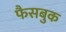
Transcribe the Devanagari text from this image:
फैसबुक